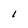
Character: 1